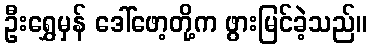
ဦးရွှေမှန် ဒေါ်ဖော့တို့က ဖွားမြင်ခဲ့သည်။